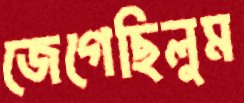
জেগেছিলুম